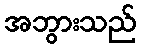
အဘွားသည်